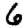
Digit: 6